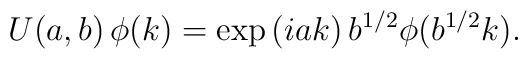
U(a,b)\,\phi(k) = \exp{(iak)}\,b^{1/2}\phi(b^{1/2}k).